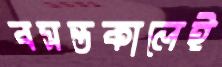
বসন্তকালেই